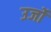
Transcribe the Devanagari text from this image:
उर्जो